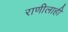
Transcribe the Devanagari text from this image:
राणीलाही